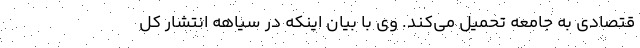
قتصادی به جامعه تحمیل می‌کند. وی با بیان اینکه در سیاهه انتشار کل